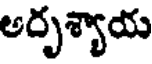
అదృశ్యాయ